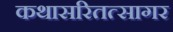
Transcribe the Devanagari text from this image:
कथासरितत्सागर